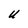
Character: U